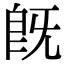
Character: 既